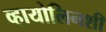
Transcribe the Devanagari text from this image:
व्हायोलिनशी